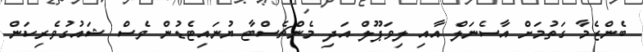
ބެންޒެމާ ގަތުމަށް އާސެނަލް އާއި ލިވަޕޫލް އަދި މެންޗެސްޓާ ޔުނައިޓެޑުން ވެސް ޝައުގުވެރިކަން